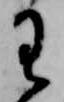
わ